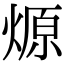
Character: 㷧